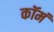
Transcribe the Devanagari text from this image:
कॉमं